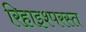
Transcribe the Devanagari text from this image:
रिहाइश्परस्त